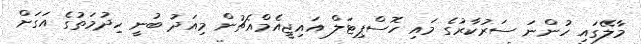
މާލޭގައި ހުންނަ ސަރުކާރުގެ މައި ހޮސްޕިޓަލް އައިޖީއެމްއެޗުން މިއަދު ބުނީ ހިދުމަތުގެ އަގަށް